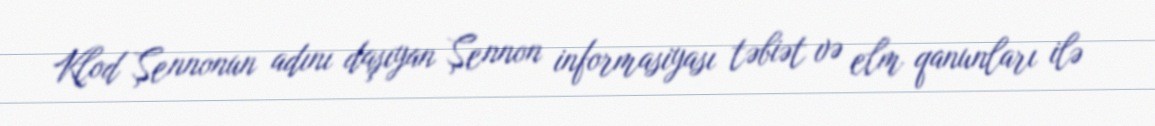
Klod Şennonun adını daşıyan Şennon informasiyası təbiət və elm qanunları ilə